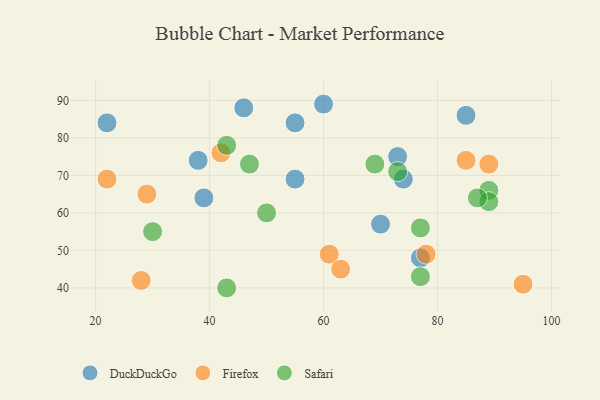
{"axis": {"x": "GDP", "y": "Life Expectancy"}, "legend": ["DuckDuckGo", "Firefox", "Safari"], "data": [{"x": "55", "y": 69, "type": "DuckDuckGo"}, {"x": "55", "y": 84, "type": "DuckDuckGo"}, {"x": "60", "y": 89, "type": "DuckDuckGo"}, {"x": "38", "y": 74, "type": "DuckDuckGo"}, {"x": "22", "y": 84, "type": "DuckDuckGo"}, {"x": "73", "y": 75, "type": "DuckDuckGo"}, {"x": "77", "y": 48, "type": "DuckDuckGo"}, {"x": "74", "y": 69, "type": "DuckDuckGo"}, {"x": "70", "y": 57, "type": "DuckDuckGo"}, {"x": "46", "y": 88, "type": "DuckDuckGo"}, {"x": "39", "y": 64, "type": "DuckDuckGo"}, {"x": "85", "y": 86, "type": "DuckDuckGo"}, {"x": "95", "y": 41, "type": "Firefox"}, {"x": "22", "y": 69, "type": "Firefox"}, {"x": "85", "y": 74, "type": "Firefox"}, {"x": "61", "y": 49, "type": "Firefox"}, {"x": "63", "y": 45, "type": "Firefox"}, {"x": "78", "y": 49, "type": "Firefox"}, {"x": "89", "y": 73, "type": "Firefox"}, {"x": "28", "y": 42, "type": "Firefox"}, {"x": "29", "y": 65, "type": "Firefox"}, {"x": "42", "y": 76, "type": "Firefox"}, {"x": "89", "y": 66, "type": "Safari"}, {"x": "43", "y": 40, "type": "Safari"}, {"x": "43", "y": 78, "type": "Safari"}, {"x": "89", "y": 63, "type": "Safari"}, {"x": "87", "y": 64, "type": "Safari"}, {"x": "73", "y": 71, "type": "Safari"}, {"x": "50", "y": 60, "type": "Safari"}, {"x": "77", "y": 56, "type": "Safari"}, {"x": "77", "y": 43, "type": "Safari"}, {"x": "47", "y": 73, "type": "Safari"}, {"x": "30", "y": 55, "type": "Safari"}, {"x": "69", "y": 73, "type": "Safari"}]}